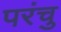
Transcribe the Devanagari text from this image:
परंचु